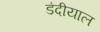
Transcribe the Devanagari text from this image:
डंदीयाल